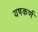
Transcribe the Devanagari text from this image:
यषकर्ण